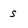
Character: s